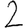
Digit: 2